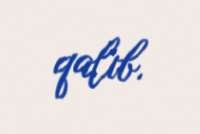
qalıb.